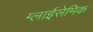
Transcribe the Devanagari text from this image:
ग्लाईसेमिक